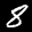
Label: 8